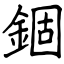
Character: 錮